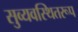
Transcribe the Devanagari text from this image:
सुव्यवस्थितरूप